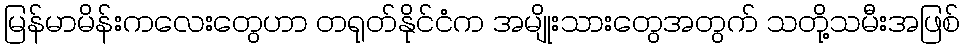
မြန်မာမိန်းကလေးတွေဟာ တရုတ်နိုင်ငံက အမျိုးသားတွေအတွက် သတို့သမီးအဖြစ်